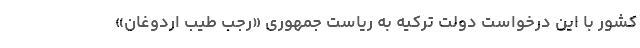
کشور با این درخواست دولت ترکیه به ریاست جمهوری «رجب طیب اردوغان»